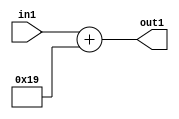
`timescale 1ps / 1ps
/*****************************************************************************
    Verilog RTL Description
    
    
    Created by: Stratus DpOpt 2019.1.01 
*******************************************************************************/

module DC_Filter_Add_12U_136_4 (
	in1,
	out1
	); /* architecture "behavioural" */ 
input [11:0] in1;
output [11:0] out1;
wire [11:0] asc001;

assign asc001 = 
	+(in1)
	+(12'B000000011001);

assign out1 = asc001;
endmodule

/* CADENCE  urj5TQk= : u9/ySgnWtBlWxVPRXgAZ4Og= ** DO NOT EDIT THIS LINE ******/